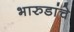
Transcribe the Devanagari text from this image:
भारुडांचे